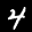
Label: 4